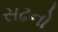
સઢનો